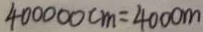
4 0 0 0 0 0 c m = 4 0 0 0 m